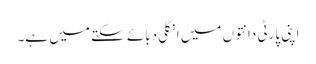
اپنی پارٹی دانتوں میں انگلی دبائے سکتے میں ہے۔